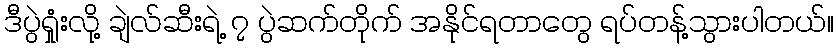
ဒီပွဲရှုံးလို့ ချဲလ်ဆီးရဲ့ ၇ ပွဲဆက်တိုက် အနိုင်ရတာတွေ ရပ်တန့်သွားပါတယ်။